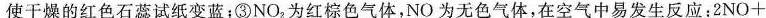
使干燥的红色石蕊试纸变蓝；③NO_{2}为红棕色气体，NO为无色气体，在空气中易发生反应：2NO+